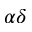
\alpha \delta